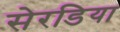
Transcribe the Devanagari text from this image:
सेरडिया